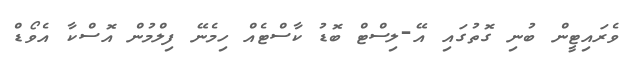
ވެރައިޓީން ބުނި ގޮތުގައި އޭ-ލިސްޓް ބޮޑު ކާސްޓެއް ހިމެނޭ ފިލްމުން އޮސްކާ އެވޯޑް